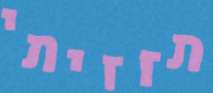
תזזיתי